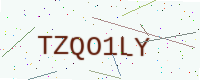
Text: TZQO1LY